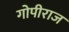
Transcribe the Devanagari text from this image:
गोपीराज